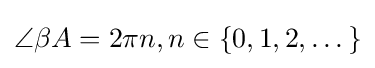
\angle \beta A=2\pi n,n\in \{0,1,2,\dots \}